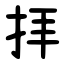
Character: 拝